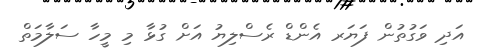
އަދި ވަގުތުން ފަޔަރ އެންޑް ރެސްލިޔު އަށް ގުޅާ މި މީހާ ސަލާމަތް